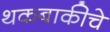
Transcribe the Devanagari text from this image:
थकबाकीचे